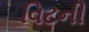
વિટની